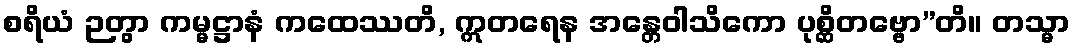
စရိယံ ဉတွာ ကမ္မဋ္ဌာနံ ကထေဿတိ, ဣတရေန အန္တေဝါသိကော ပုစ္ဆိတဗ္ဗော”တိ။ တသ္မာ